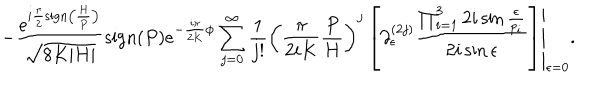
LaTeX: - \frac { e ^ { i \frac { \pi } { 2 } \mathrm { s i g n } \left( \frac { H } { P } \right) } } { \sqrt { 8 K | H | } } \mathrm { s i g n } ( P ) e ^ { - \frac { i \pi } { 2 K } \phi } \sum _ { j = 0 } ^ { \infty } \frac { 1 } { j ! } \left. \left( \frac { \pi } { 2 i K } \frac { P } { H } \right) ^ { j } \left[ \partial _ { \epsilon } ^ { ( 2 j ) } \frac { \prod _ { i = 1 } ^ { 3 } 2 i \sin \frac { \epsilon } { p _ { i } } } { 2 i \sin \epsilon } \right] \right| _ { \epsilon = 0 } .